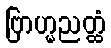
ဗြာဟ္မညတ္ထံ